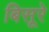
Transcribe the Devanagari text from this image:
बिसूरे